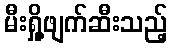
မီးရှို့ဖျက်ဆီးသည့်